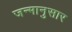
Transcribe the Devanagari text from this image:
जन्मानुसार